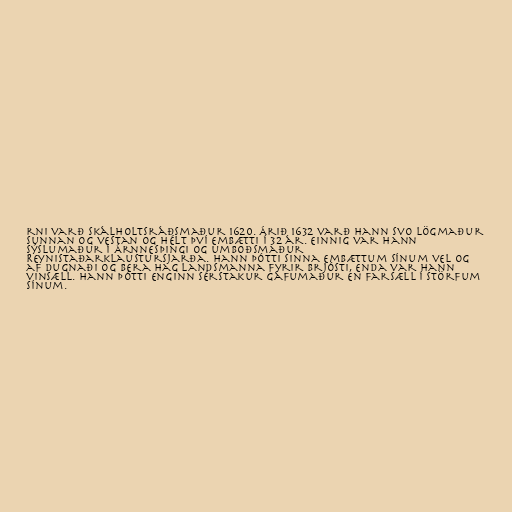
rni varð Skálholtsráðsmaður 1620. Árið 1632 varð hann svo lögmaður
sunnan og vestan og hélt því embætti í 32 ár. Einnig var hann
sýslumaður í Árnnesþingi og umboðsmaður
Reynistaðarklaustursjarða. Hann þótti sinna embættum sínum vel og
af dugnaði og bera hag landsmanna fyrir brjósti, enda var hann
vinsæll. Hann þótti enginn sérstakur gáfumaður en farsæll í störfum
sínum.